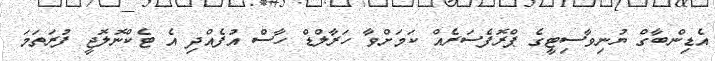
އެޑިންބާގް ޔުނިވާސިޓީގެ ޕްރޮފެސަރެއް ކަމަށްވާ ހަރާލްޑް ހާސް އުފެއްދި އެ ޓެކްނޮލޮޖީ ފުރަތަމަ